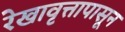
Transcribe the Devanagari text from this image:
रेखावृत्तापासून